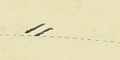
⸗